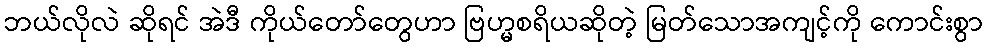
ဘယ်လိုလဲ ဆိုရင် အဲဒီ ကိုယ်တော်တွေဟာ ဗြဟ္မစရိယဆိုတဲ့ မြတ်သောအကျင့်ကို ကောင်းစွာ